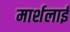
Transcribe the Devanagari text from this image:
मार्शलाई